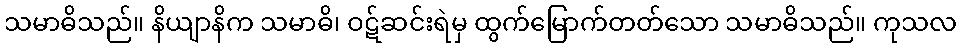
သမာဓိသည်။ နိယျာနိက သမာဓိ၊ ဝဋ်ဆင်းရဲမှ ထွက်မြောက်တတ်သော သမာဓိသည်။ ကုသလ